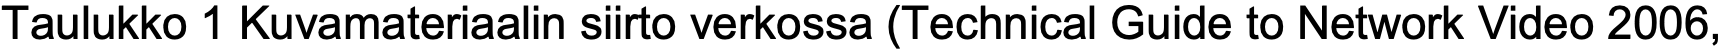
Taulukko 1 Kuvamateriaalin siirto verkossa (Technical Guide to Network Video 2006,